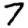
Digit: 7